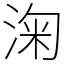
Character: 淗